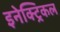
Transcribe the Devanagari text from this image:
इनेक्‍ट्रिकल